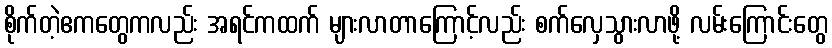
စိုက်တဲ့ဧကတွေကလည်း အရင်ကထက် များလာတာကြောင့်လည်း စက်လှေသွားလာဖို့ လမ်းကြောင်းတွေ